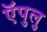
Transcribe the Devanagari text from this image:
ऍपुलु